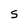
Character: S